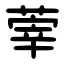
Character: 䔂